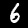
Label: 6